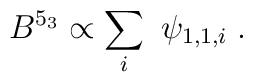
B^{5_3} \propto \sum_{i} ~\psi_{1,1,i}\;.